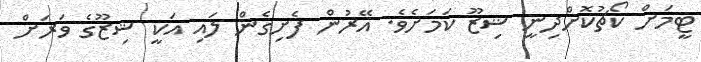
ޓީމަށް ކޯޗުކޮށްދިނީ ޝިޒޫ ކަމަށެވެ. އޭރުން ފެށިގެން ލައި އަކީ ޝިޒޫގެ ވަރަށް